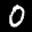
Label: 0